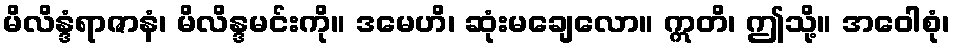
မိလိန္ဒံရာဇာနံ၊ မိလိန္ဒမင်းကို။ ဒမေဟိ၊ ဆုံးမချေလော။ ဣတိ၊ ဤသို့။ အဝေါစုံ၊